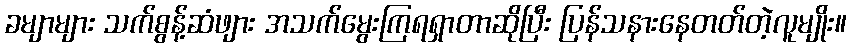
ခမျာများ သက်စွန့်ဆံဖျား အသက်မွေးကြရရှာတာဆိုပြီး ပြန်သနားနေတတ်တဲ့လူမျိုး။